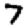
Digit: 7